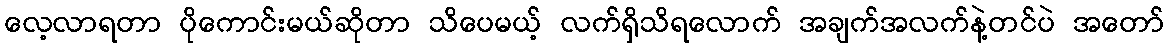
လေ့လာရတာ ပိုကောင်းမယ်ဆိုတာ သိပေမယ့် လက်ရှိသိရလောက် အချက်အလက်နဲ့တင်ပဲ အတော်